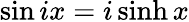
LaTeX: \sin ix=i\sinh x